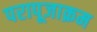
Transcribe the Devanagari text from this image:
परापूजाक्रम